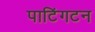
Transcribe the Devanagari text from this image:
पाटिंगटन